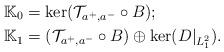
LaTeX: \begin{align*}&\mathbb{K}_0=\ker(\mathcal{T}_{a^+,a^-}\circ B);\\&\mathbb{K}_1=(\mathcal{T}_{a^+,a^-}\circ B)\oplus \ker(D|_{L^2_1}).\end{align*}